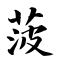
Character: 菠